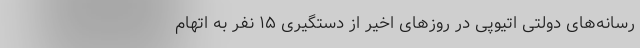
رسانه‌های دولتی اتیوپی در روزهای اخیر از دستگیری ۱۵ نفر به اتهام